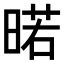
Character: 𭦲